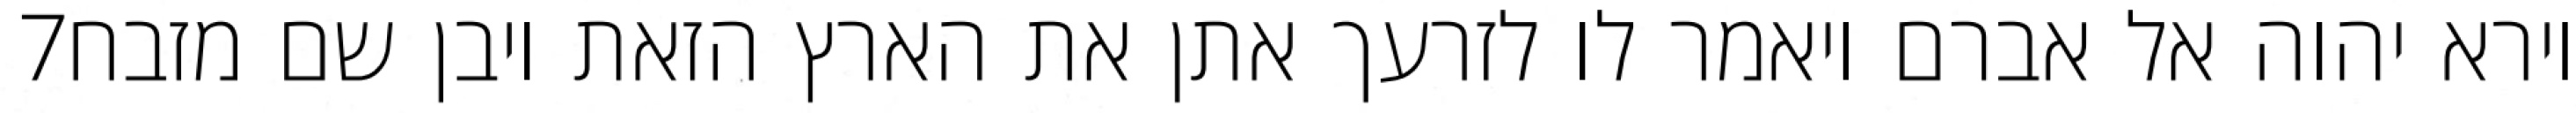
‎7‏ וירא יהוה אל אברם ויאמר לו לזרעך אתן את הארץ הזאת ויבן שם מזבח